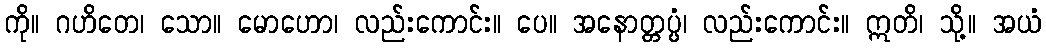
ကို။ ဂဟိတေ၊ သော။ မောဟော၊ လည်းကောင်း။ ပေ။ အနောတ္တပ္ပံ၊ လည်းကောင်း။ ဣတိ၊ သို့။ အယံ